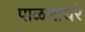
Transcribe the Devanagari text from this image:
पाळणाघरे